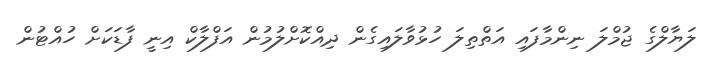
ލަޔާލްގެ ޖުމްލަ ނިންމާފައި އަތްތިލަ ހުޅުވާލައިގެން ދިއްކޮށްލުމުން އަފްލާކް އިނީ ފާޑަކަށް ހުއްޓުން